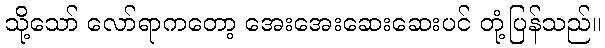
သို့သော် လော်ရာကတော့ အေးအေးဆေးဆေးပင် တုံ့ပြန်သည်။